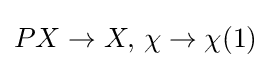
PX\to X,\,\chi \to \chi (1)